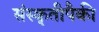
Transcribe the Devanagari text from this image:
संस्कृतीपैकी